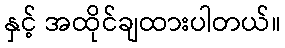
နှင့် အထိုင်ချထားပါတယ်။